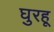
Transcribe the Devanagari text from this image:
घुरहू